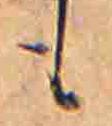
も